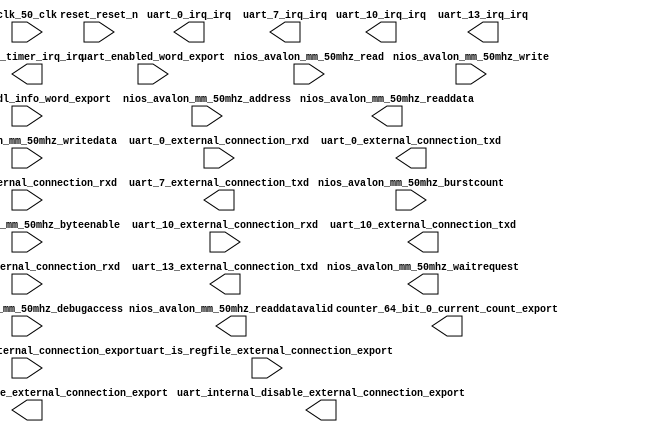

module linnux_support_reduced_uarts_even_more_min (
	clk_50_clk,
	counter_64_bit_0_current_count_export,
	fmc_present_external_connection_export,
	generic_hdl_info_word_export,
	hires_timer_irq_irq,
	nios_avalon_mm_50mhz_waitrequest,
	nios_avalon_mm_50mhz_readdata,
	nios_avalon_mm_50mhz_readdatavalid,
	nios_avalon_mm_50mhz_burstcount,
	nios_avalon_mm_50mhz_writedata,
	nios_avalon_mm_50mhz_address,
	nios_avalon_mm_50mhz_write,
	nios_avalon_mm_50mhz_read,
	nios_avalon_mm_50mhz_byteenable,
	nios_avalon_mm_50mhz_debugaccess,
	reset_reset_n,
	uart_0_external_connection_rxd,
	uart_0_external_connection_txd,
	uart_0_irq_irq,
	uart_10_external_connection_rxd,
	uart_10_external_connection_txd,
	uart_10_irq_irq,
	uart_13_external_connection_rxd,
	uart_13_external_connection_txd,
	uart_13_irq_irq,
	uart_7_external_connection_rxd,
	uart_7_external_connection_txd,
	uart_7_irq_irq,
	uart_enabled_word_export,
	uart_internal_disable_external_connection_export,
	uart_internal_enable_external_connection_export,
	uart_is_regfile_external_connection_export);	

	input		clk_50_clk;
	output	[63:0]	counter_64_bit_0_current_count_export;
	input	[15:0]	fmc_present_external_connection_export;
	input	[31:0]	generic_hdl_info_word_export;
	output		hires_timer_irq_irq;
	output		nios_avalon_mm_50mhz_waitrequest;
	output	[31:0]	nios_avalon_mm_50mhz_readdata;
	output		nios_avalon_mm_50mhz_readdatavalid;
	input	[0:0]	nios_avalon_mm_50mhz_burstcount;
	input	[31:0]	nios_avalon_mm_50mhz_writedata;
	input	[10:0]	nios_avalon_mm_50mhz_address;
	input		nios_avalon_mm_50mhz_write;
	input		nios_avalon_mm_50mhz_read;
	input	[3:0]	nios_avalon_mm_50mhz_byteenable;
	input		nios_avalon_mm_50mhz_debugaccess;
	input		reset_reset_n;
	input		uart_0_external_connection_rxd;
	output		uart_0_external_connection_txd;
	output		uart_0_irq_irq;
	input		uart_10_external_connection_rxd;
	output		uart_10_external_connection_txd;
	output		uart_10_irq_irq;
	input		uart_13_external_connection_rxd;
	output		uart_13_external_connection_txd;
	output		uart_13_irq_irq;
	input		uart_7_external_connection_rxd;
	output		uart_7_external_connection_txd;
	output		uart_7_irq_irq;
	input	[31:0]	uart_enabled_word_export;
	output	[31:0]	uart_internal_disable_external_connection_export;
	output	[31:0]	uart_internal_enable_external_connection_export;
	input	[31:0]	uart_is_regfile_external_connection_export;
endmodule